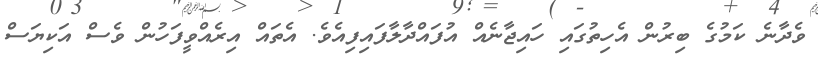
ވެދާނެ ކަމުގެ ބިރުން އެހިތުގައި ހައިޖާނެއް އުފައްދާލާފައިފިއެވެ. އެތައް އިރެއްވީފަހުން ވެސް އަކިޔަސް